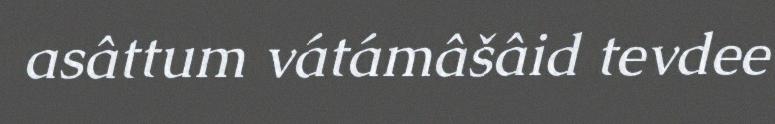
asâttum vátámâšâid tevdee